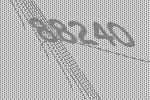
88240